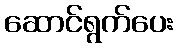
ဆောင်ရွက်ပေး